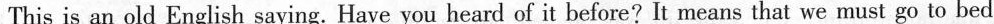
This is an old English saying. Have you heard of it before? It means that we must go to bed